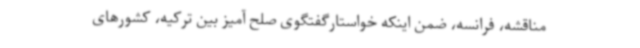
مناقشه، فرانسه، ضمن اینکه خواستارگفتگوی صلح آمیز بین ترکیه، کشورهای